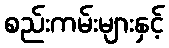
စည်းကမ်းများနှင့်